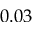
0 . 0 3